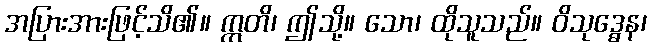
အပြားအားဖြင့်သိ၏။ ဣတိ၊ ဤသို့။ သော၊ ထိုသူသည်။ ဝိသုဒ္ဓေန၊